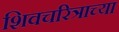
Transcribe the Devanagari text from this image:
शिवचरित्राच्या